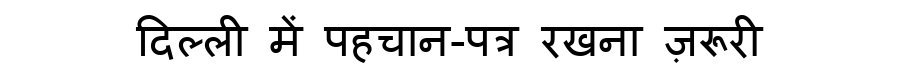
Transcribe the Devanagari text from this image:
दिल्ली में पहचान-पत्र रखना ज़रूरी